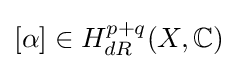
[\alpha ]\in H_{dR}^{p+q}(X,\mathbb {C} )